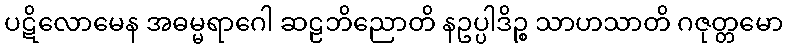
ပဋိလောမေန အဓမ္မရာဂေါ ဆဠဘိညောတိ နဥပ္ပါဒိဉ္စ သာဟသာတိ ဂဇုတ္တမော